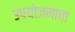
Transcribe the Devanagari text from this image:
उपयोजनांचा